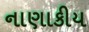
નાણાકીય